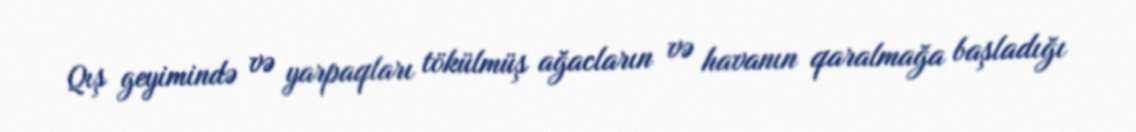
Qış geyimində və yarpaqları tökülmüş ağacların və havanın qaralmağa başladığı